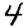
Digit: 4